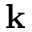
{ \bf k }